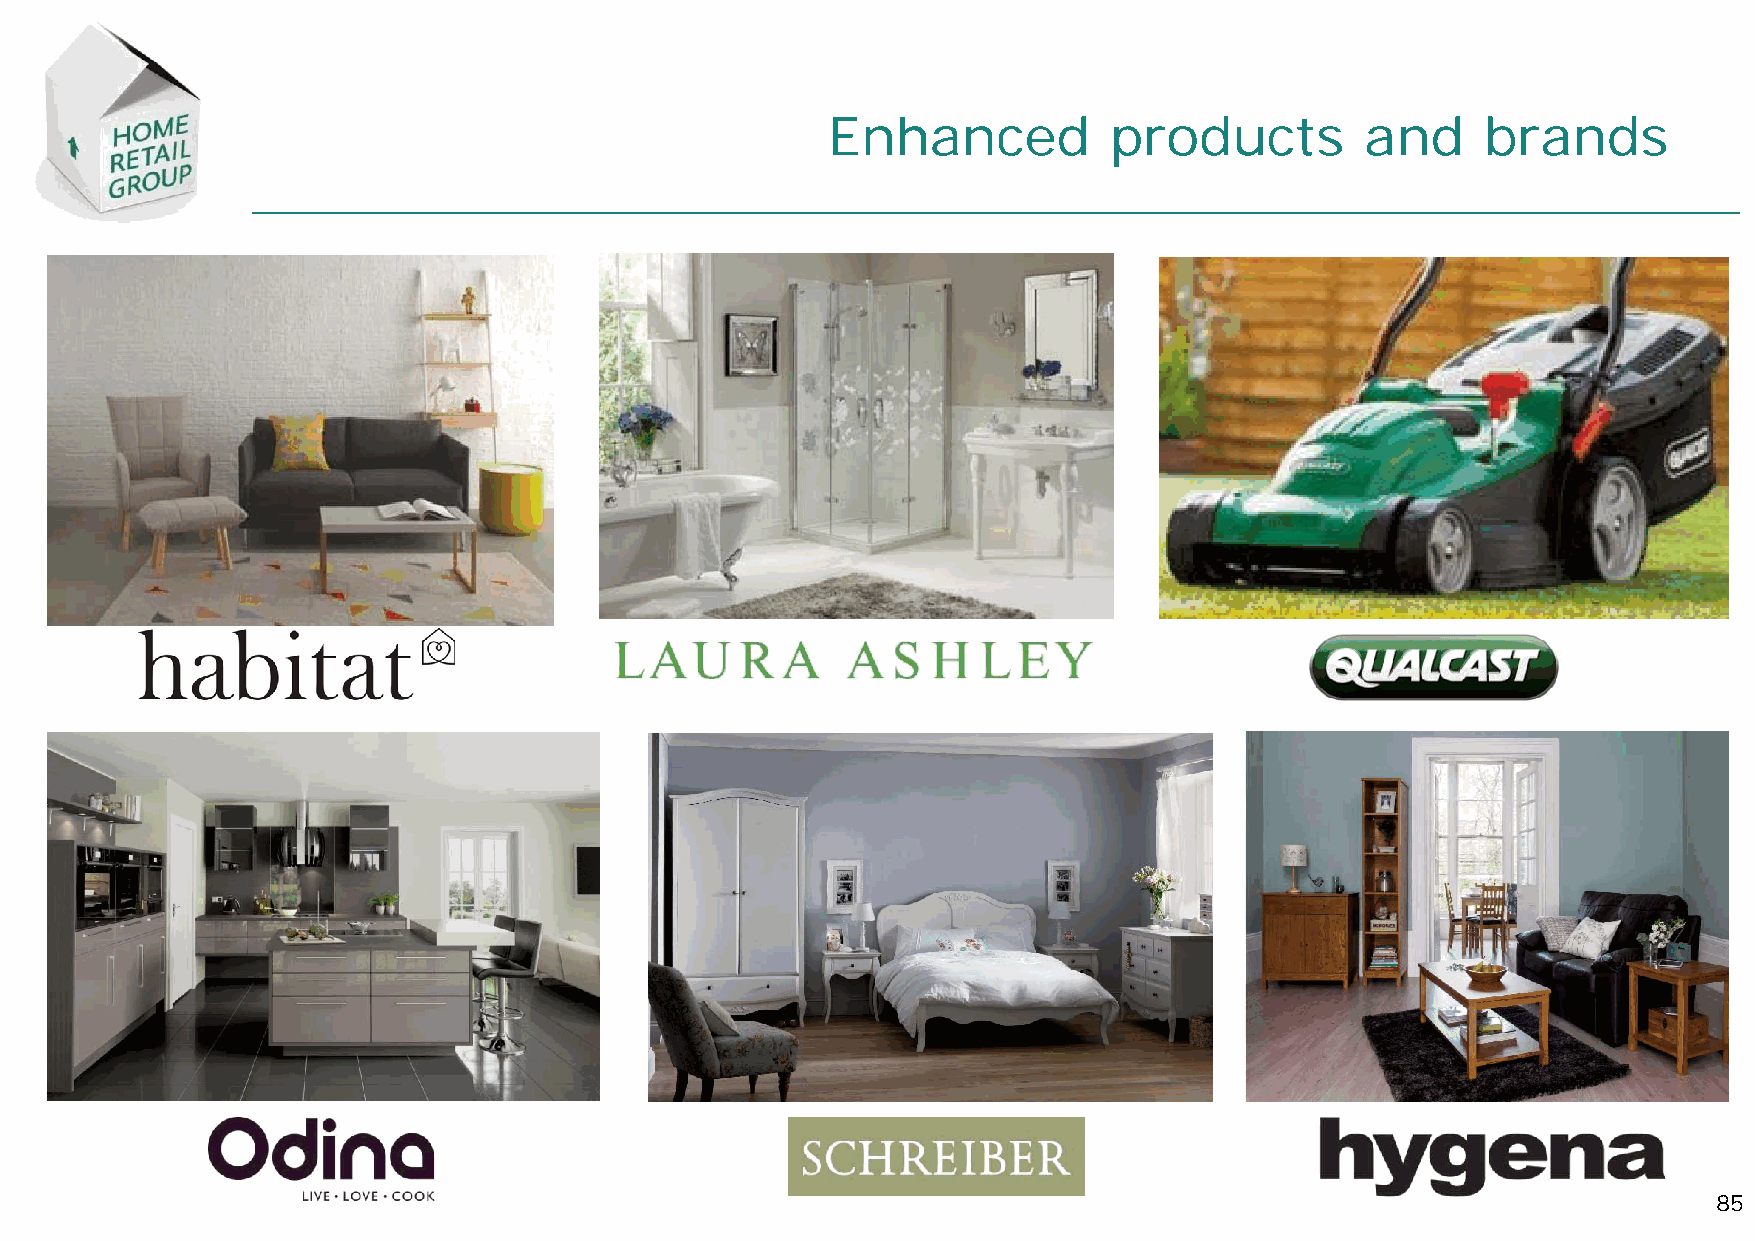
Enhanced          products         and     brands
 85